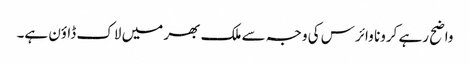
واضح رہے کرونا وائرس کی وجہ سے ملک بھر میں لاک ڈاؤن ہے۔